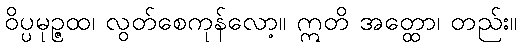
ဝိပ္ပမုဉ္ဇထ၊ လွတ်စေကုန်လော့။ ဣတိ အတ္ထော၊ တည်း။